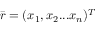
{ \bar { r } } = ( x _ { 1 } , x _ { 2 } . . . x _ { n } ) ^ { T }